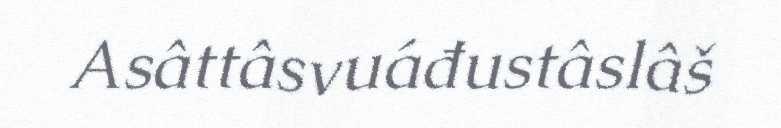
Asâttâsvuáđustâslâš